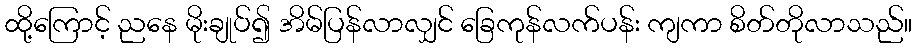
ထို့ကြောင့် ညနေ မိုးချုပ်၍ အိမ်ပြန်လာလျှင် ခြေကုန်လက်ပန်း ကျကာ စိတ်တိုလာသည်။